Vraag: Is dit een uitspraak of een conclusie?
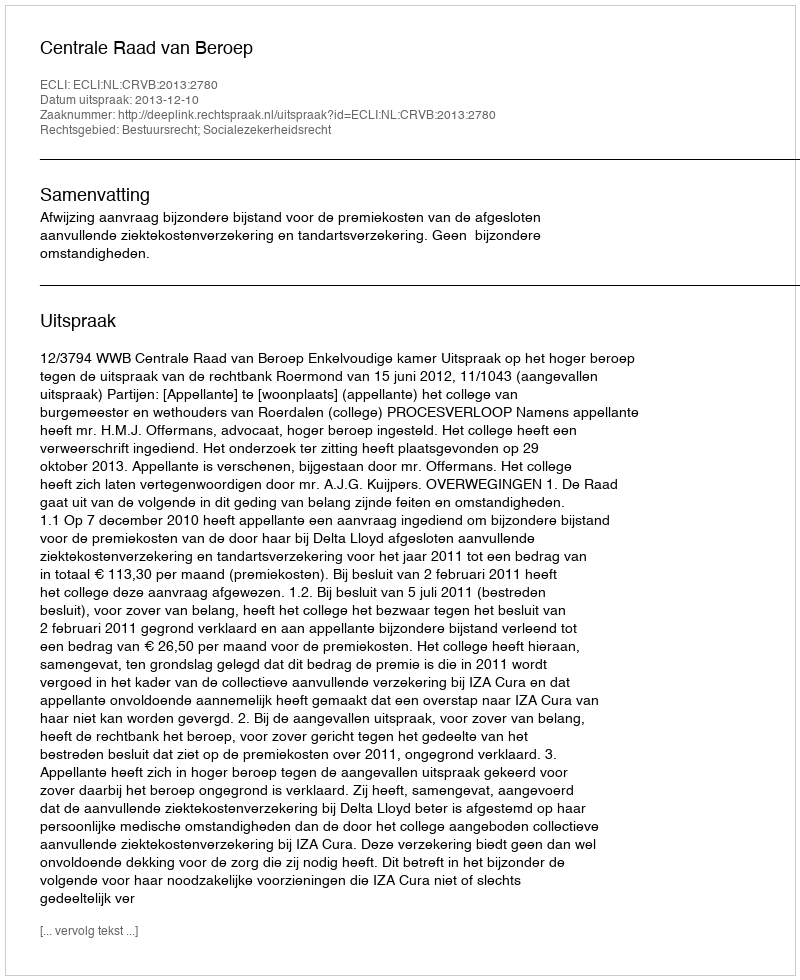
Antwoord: Uitspraak